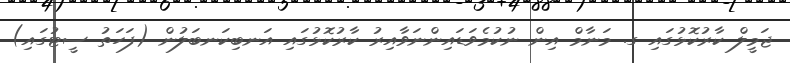
ޖަމީލް ކާރުކޮޅުގައި ގ. މަނާމް އިން ނުކުމެވަޑައިންނަވާއިރު ކާރުކޮޅުގައި އަނބިކަނބަލުން (ފަހަތު ސީޓުގައި)